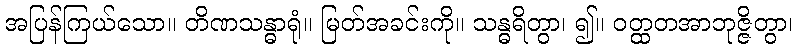
အပြန်ကြယ်သော။ တိဏသန္ဓာရုံ။ မြတ်အခင်းကို။ သန္ဓရိတွာ၊ ၍။ ဝတ္ထတအာဘုဇ္ဇိတွာ၊